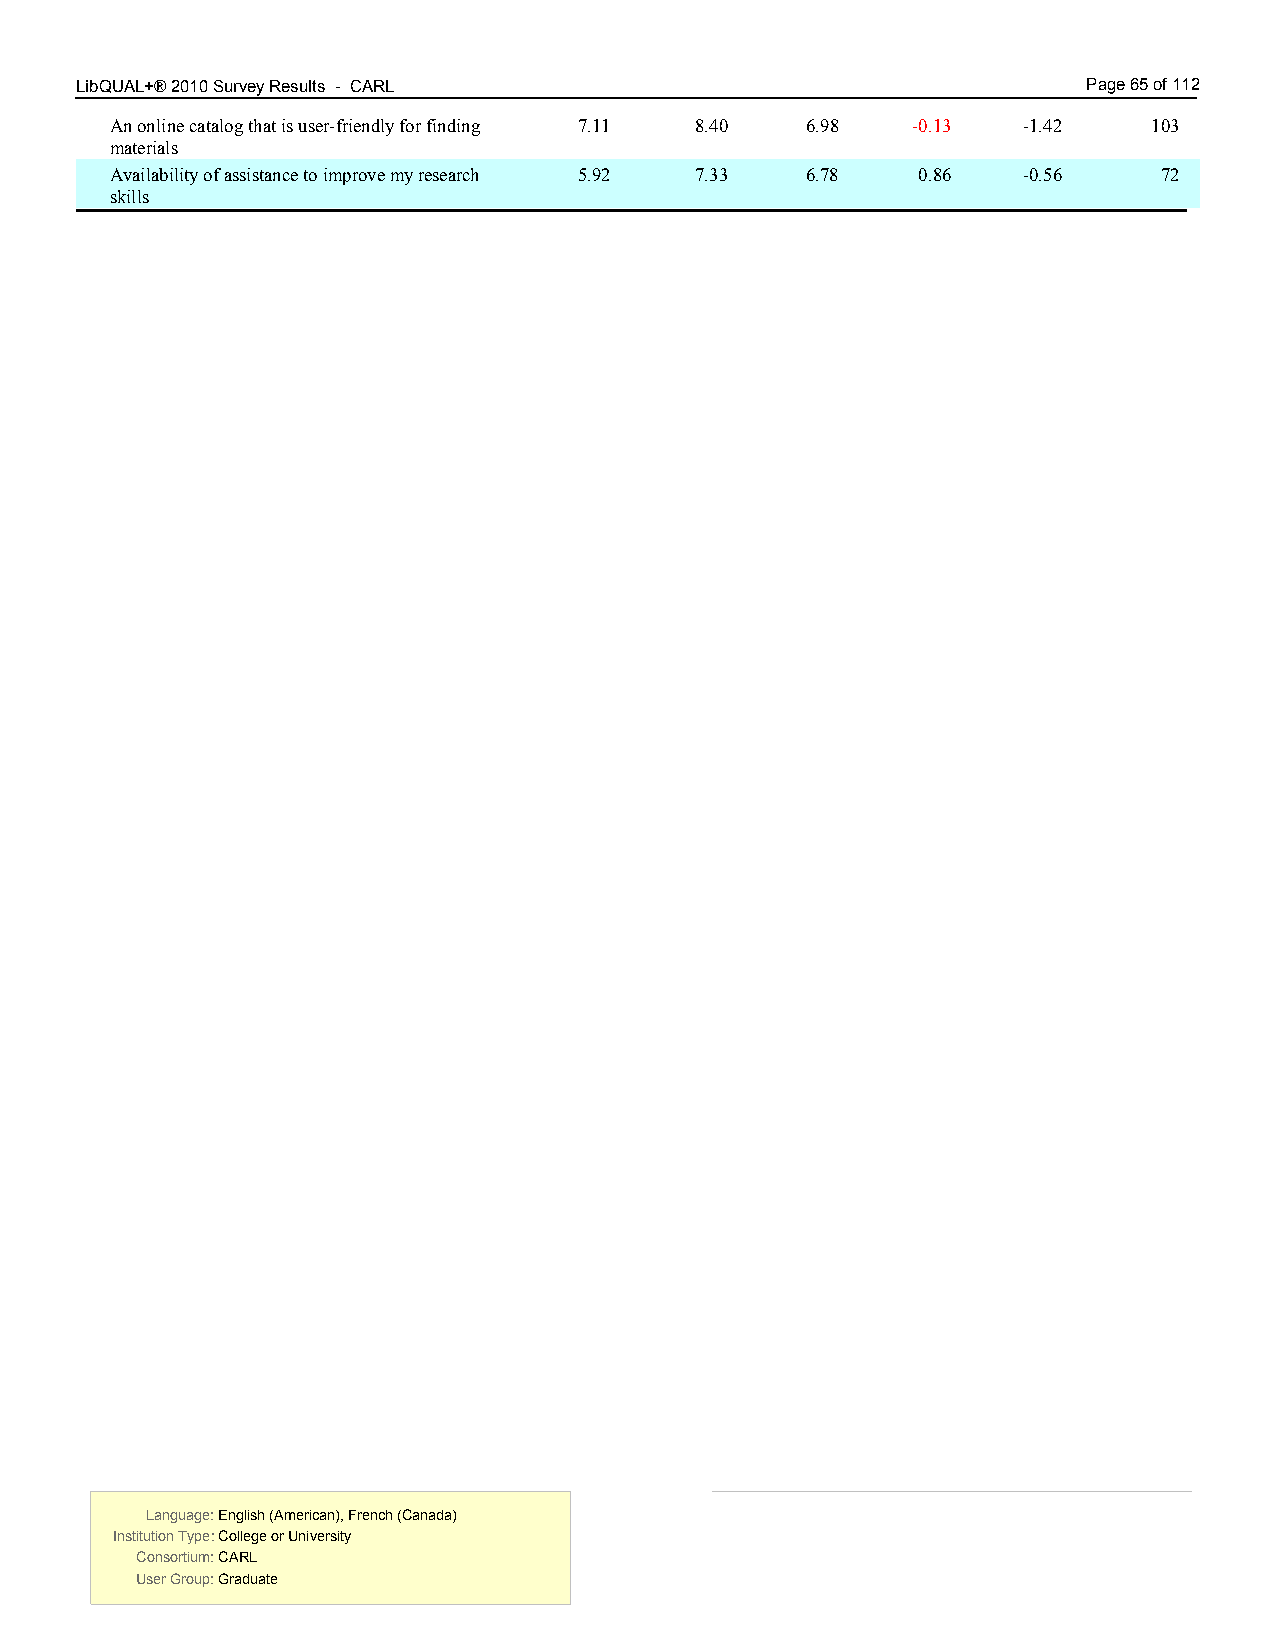
LibQUAL+® 2010 Survey Results - CARL 5.00                          Page 65 of 112
 An online catalog that is user-friendly for finding 7.11 8.40 6.98 -0.13 -1.42 103
 materials
 Availability of assistance to improve my research 5.92 7.33 6.78 0.86 -0.56 72
 skills
 Language: English (American), French (Canada) Language: English (American), French (Canada)
 Institution Type: College or University  Institution Type: College or University
 Consortium: CARL                         Consortium: CARL
 User Group: Graduate                     User Group: Graduate